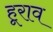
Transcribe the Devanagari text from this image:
हूराव